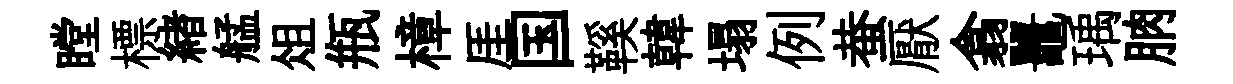
瞠標緖艋俎瓶樟厓国鞵韓塌例蛬厭翕鼉瑀朒